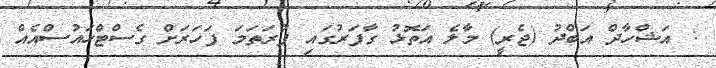
: އަޝްހާދް އަބްދު (ޖެރީ) މާލެ އަތޮޅު ގާފަރުގައި ފުރަތަމަ ފަހަރަށް ގެސްޓްހައުސްއެއް